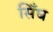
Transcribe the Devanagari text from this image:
सिँघ